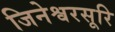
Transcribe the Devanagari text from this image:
जिनेश्वरसूरि